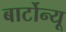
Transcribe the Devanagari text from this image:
बार्टोन्यू